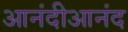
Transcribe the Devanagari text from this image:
आनंदीआनंद